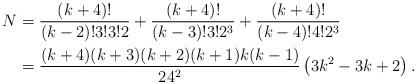
LaTeX: \begin{align*}N&=\frac{(k+4)!}{(k-2)!3!3!2}+\frac{(k+4)!}{(k-3)!3!2^3}+\frac{(k+4)!}{(k-4)!4!2^3}\\&=\frac{(k+4)(k+3)(k+2)(k+1)k(k-1)}{24^2}\left(3k^2-3k+2\right).\end{align*}